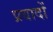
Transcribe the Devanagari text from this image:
प्रवादों